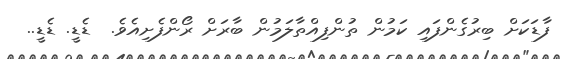
ފާޑަކަށް ބިރުގެންފައި ކަމުން ތުންފިއްތާލަމުން ބާރަށް ރޯންފެށިއެވެ.  ޑެޑީ. ޑެޑީ..